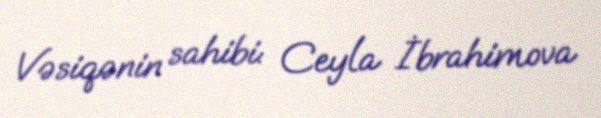
Vəsiqənin sahibi: Ceyla İbrahimova